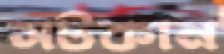
সটকান